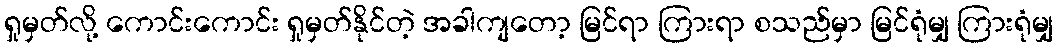
ရှုမှတ်လို့ ကောင်းကောင်း ရှုမှတ်နိုင်တဲ့ အခါကျတော့ မြင်ရာ ကြားရာ စသည်မှာ မြင်ရုံမျှ ကြားရုံမျှ